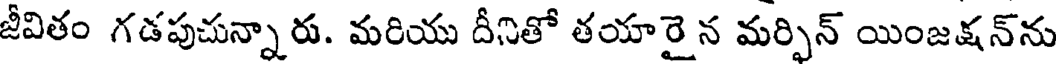
జీవితం గడపుచున్నారు. మరియు దీనితో తయారై న మర్పిన్ యింజక్షన్ను